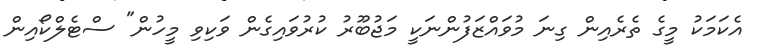
އެކަމަކު މީގެ ތެރެއިން ގިނަ މުވައްޒަފުންނަކީ މަޖުބޫރު ކުރުވައިގެން ވަކިވި މީހުން" ސްޓެލްކޯއިން